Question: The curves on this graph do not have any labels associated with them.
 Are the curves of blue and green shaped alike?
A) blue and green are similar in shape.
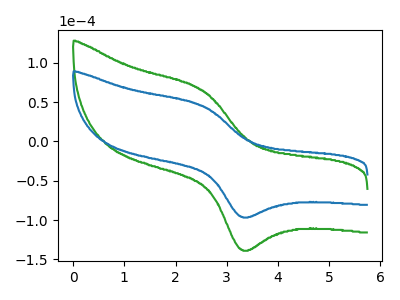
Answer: <think>The green curve "green" has an anodic peak at (2.55V, 65.00uA) and a cathodic peak at (3.30V, -137.95uA). The blue curve "blue" has an anodic peak at (2.55V, 45.25uA) and a cathodic peak at (3.30V, -96.05uA).
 All the peaks in "blue" have a peak in "green" at the same potential. Every peak in "blue" is lower than every peak in "green".</think>
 <answer>A) "blue" and "green" are similar in shape.</answer>
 <eval>A</eval>